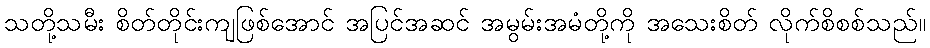
သတို့သမီး စိတ်တိုင်းကျဖြစ်အောင် အပြင်အဆင် အမွမ်းအမံတို့ကို အသေးစိတ် လိုက်စိစစ်သည်။